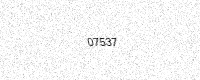
Text: 07537